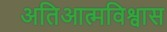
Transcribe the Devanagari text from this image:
अतिआत्मविश्वास